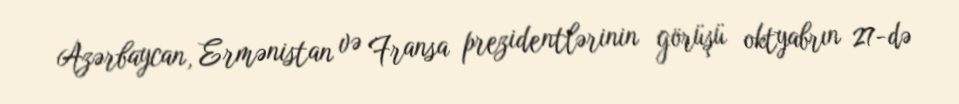
Azərbaycan, Ermənistan və Fransa prezidentlərinin görüşü oktyabrın 27-də